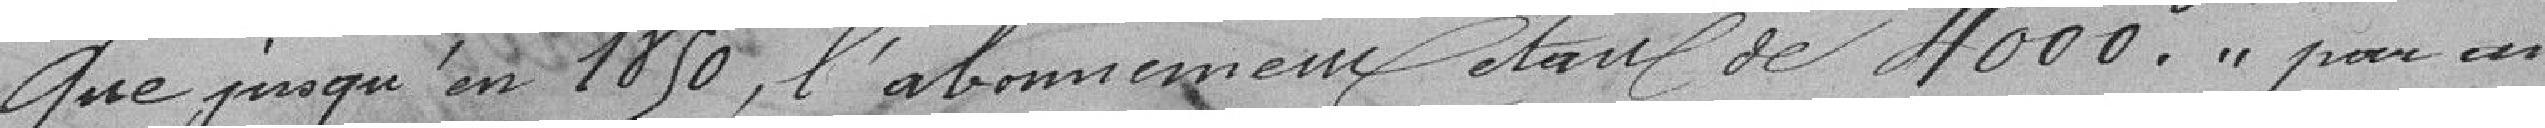
Que jusqu'en 1850, l'abonnement était de 4 000 francs par an.